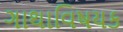
ગાથાવિષયક